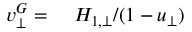
\begin{array} { r l } { v _ { \bot } ^ { G } = } & { { } \ H _ { 1 , \bot } / ( 1 - u _ { \bot } ) } \end{array}